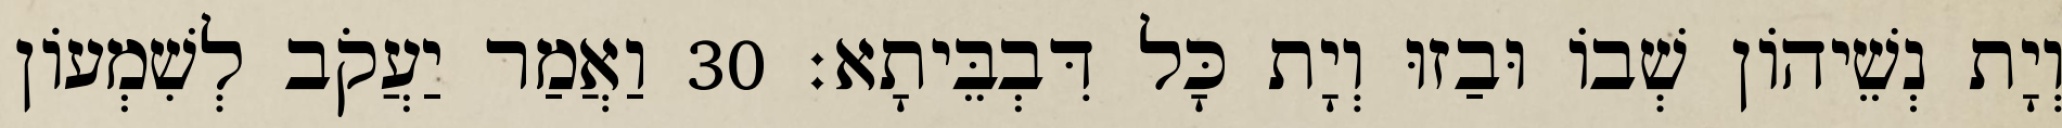
וְיָת נְשֵׁיהוֹן שְׁבוֹ וּבַזוּ וְיָת כָּל דִּבְבֵּיתָא׃ 30 וַאֲמַר יַעֲקֹב לְשִׁמְעוֹן